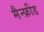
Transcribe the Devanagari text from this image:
मैन्फ्रीड